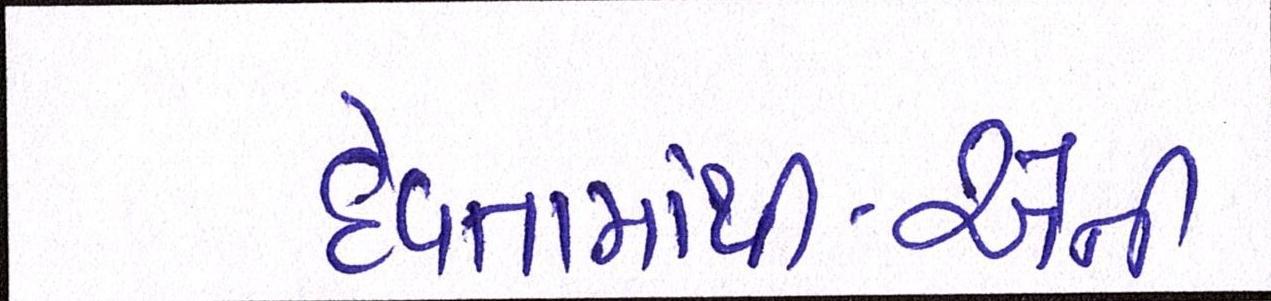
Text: દેવતામાંથી-એની